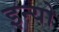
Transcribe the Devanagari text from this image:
इन्यो